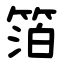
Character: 箔